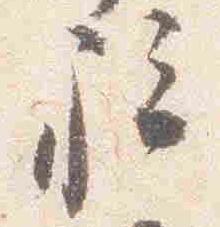
被